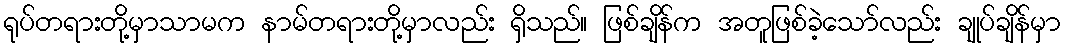
ရုပ်တရားတို့မှာသာမက နာမ်တရားတို့မှာလည်း ရှိသည်။ ဖြစ်ချိန်က အတူဖြစ်ခဲ့သော်လည်း ချုပ်ချိန်မှာ